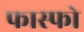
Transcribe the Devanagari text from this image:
फास्फो